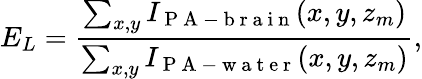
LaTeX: E_{L}=\frac{\sum_{x,y}I_{\mathrm{~P~A~-~b~r~a~i~n~}}(x,y,z_{m})}{\sum_{x,y}I_{\mathrm{~P~A~-~w~a~t~e~r~}}(x,y,z_{m})},